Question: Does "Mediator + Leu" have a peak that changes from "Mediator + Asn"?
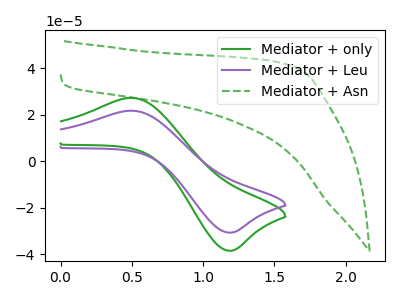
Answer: <think>The green curve "Mediator + only" has an anodic peak at (0.50V, 27.30uA) and a cathodic peak at (1.15V, -38.45uA). The purple curve "Mediator + Leu" has an anodic peak at (0.50V, 21.75uA) and a cathodic peak at (1.15V, -30.70uA). The green dashed curve "Mediator + Asn" has no peaks.
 "Mediator + Leu" and "Mediator + Asn" have a different number of peaks.</think>
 <answer>Yes, "Mediator + Leu" and "Mediator + Asn" are different in shape.</answer>
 <eval>yes_change</eval>